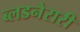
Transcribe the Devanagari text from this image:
ब्लडनेरारी